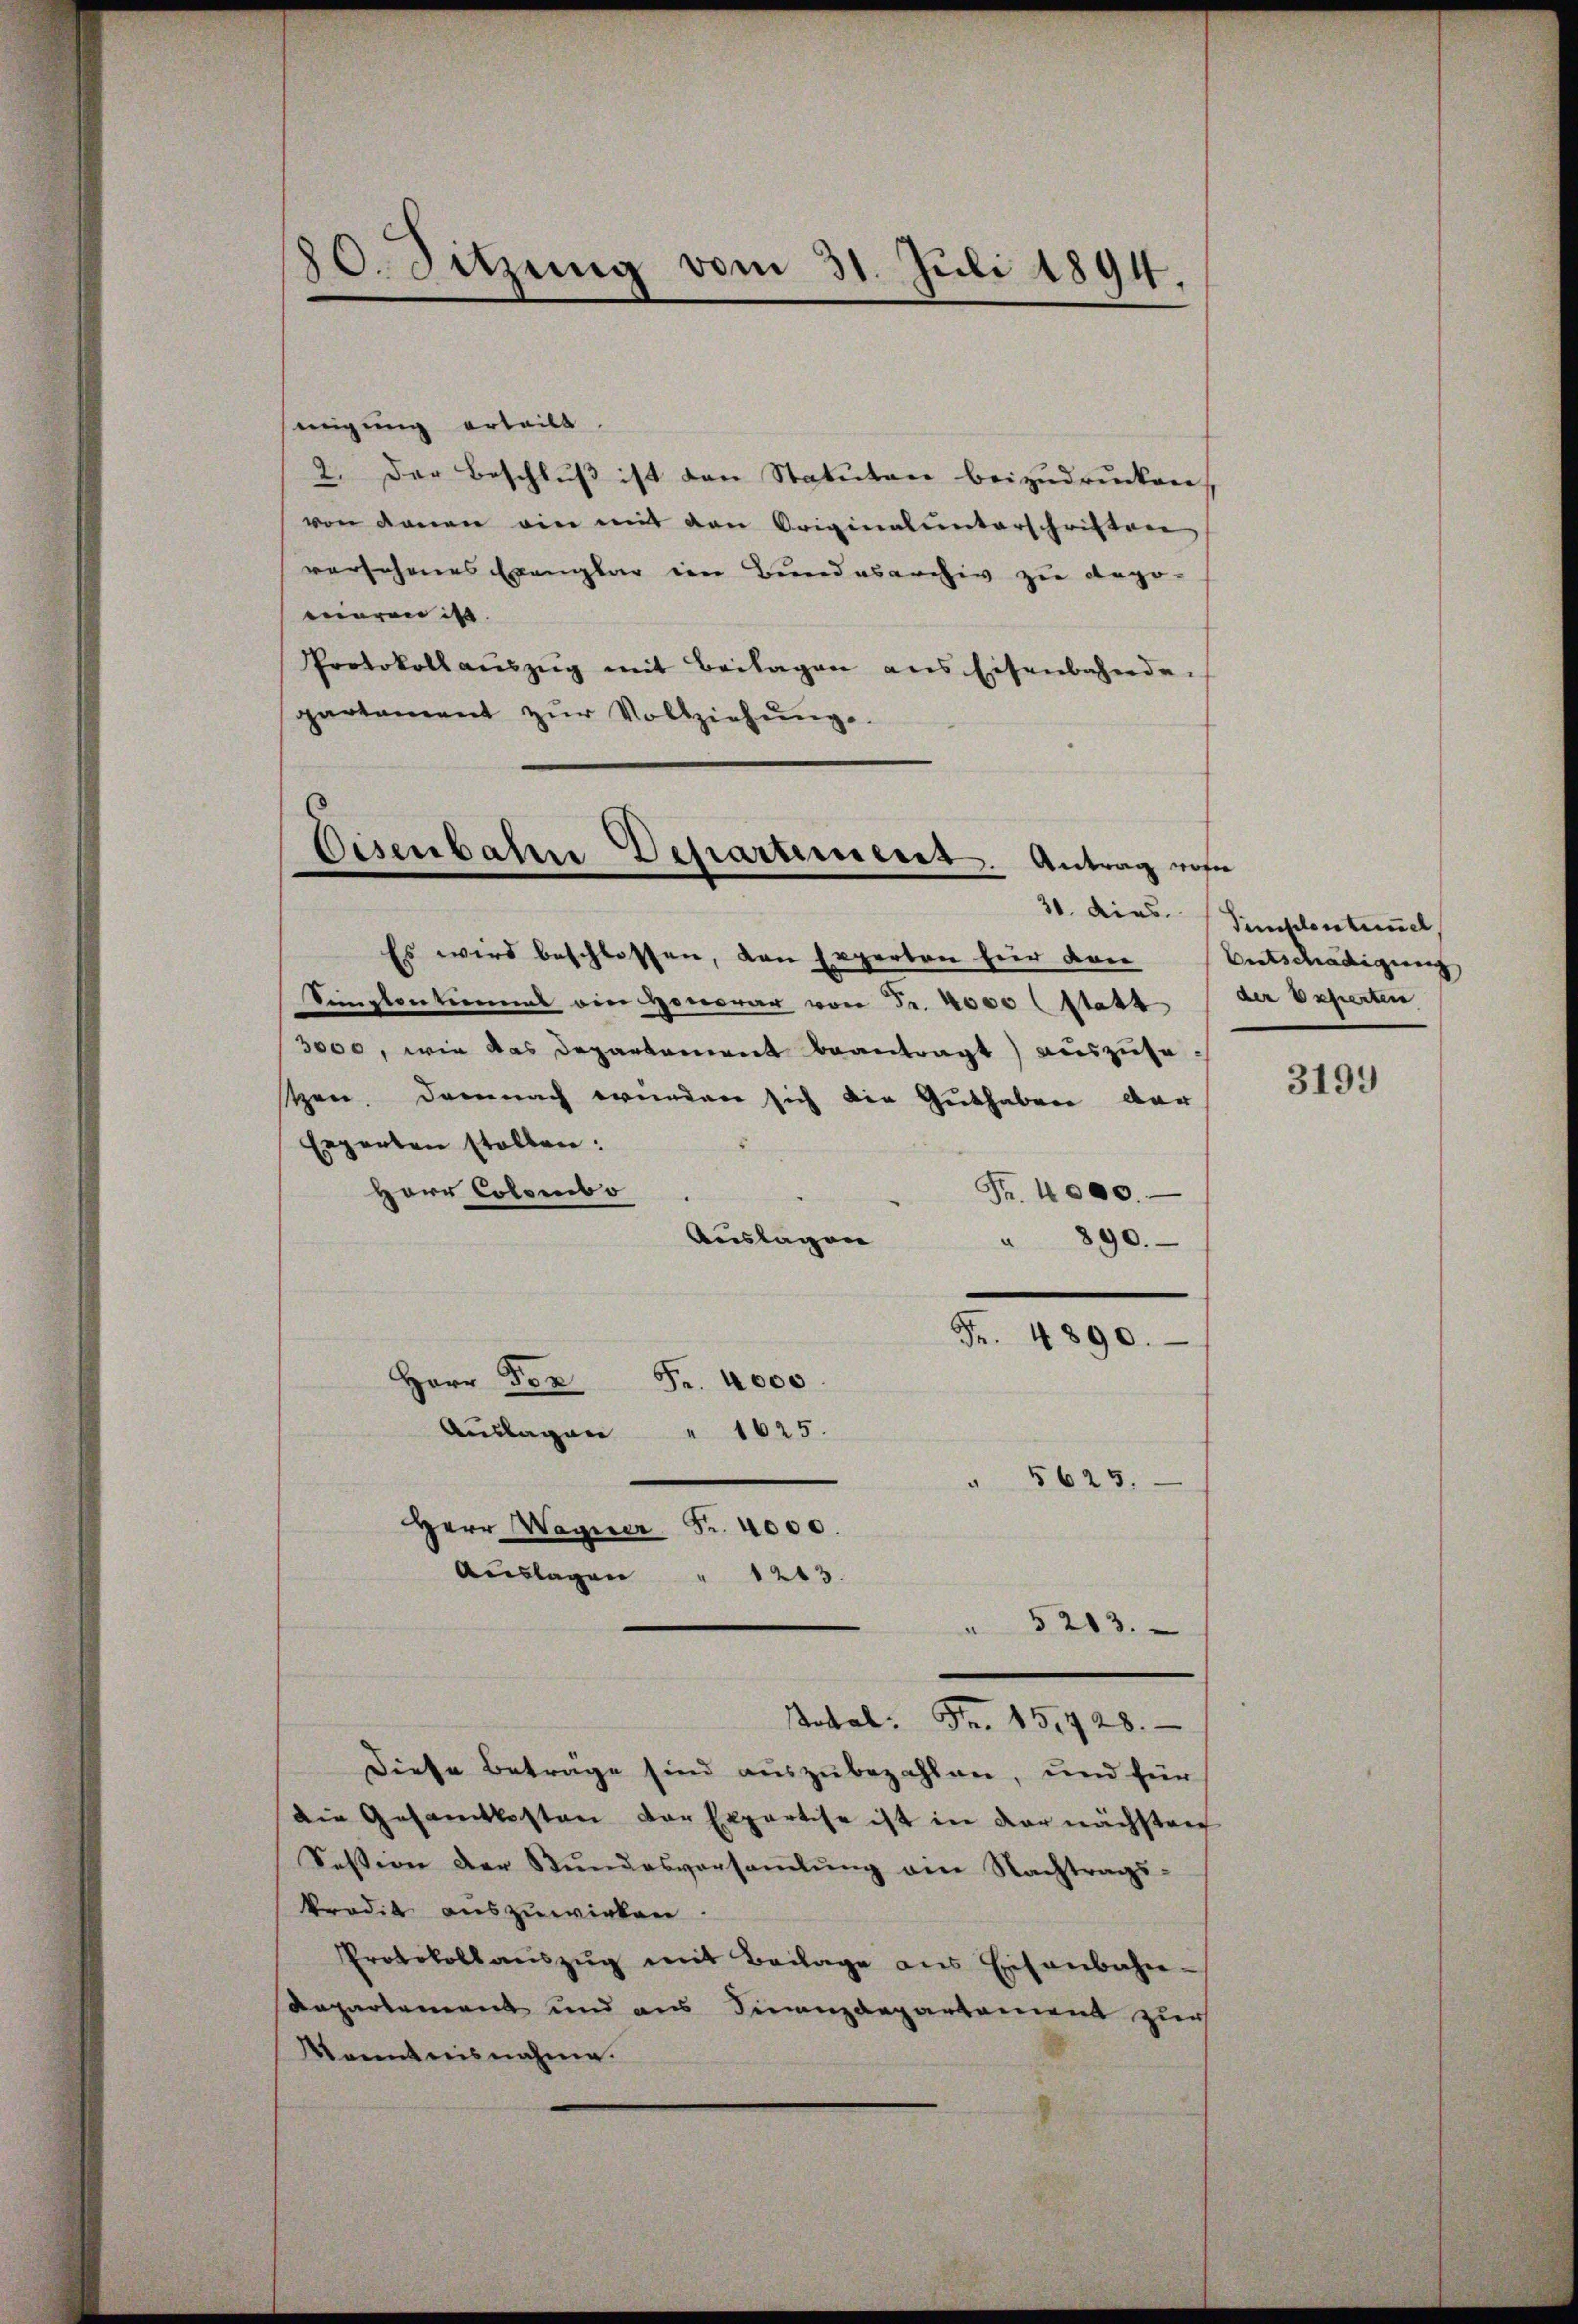
80. Sitzung vom 31. Juli 1894
¬
.

migung erteilt
2. Der Beschluß ist den Statuten beizudrucken,
von danen ein mit den Originalunterschriften
versehenes Exemplar im Bundesarchiv zu depo-
waren ist. |
Protokoll aŭszŭg mit Beilagen ans Eisenbahnde.
partement zŭr Vollziehŭng.
Es wird beschlossen, den Experten für den
Simplontinas ein Honorar von Fr. 4000 (statt
3000, wie das Departement beantragt) auszuse
ten. Demnach wurden sich die Guthaben der
Experten stollen:
Herr Colombo
Fr. 4000.
Auslagen
" 890.
Fr. 4890.
Herr Dor
Fr. 4000
" 1625.
Auslagen
" 5625.
Herr Wagner
Fr. 4000.
Auslagen
" 1213.
 § 203.
Motal. Fr. 151428.
Diese Betrage sind auszubezahlen, und für
die Gesamtkosten der Expertise ist in der nächsten
Session der Stŭndesversaṁlŭng ein Nachtrags-
Prodik auszuwirken.
Protokollaŭszŭg mit Beilage ans Eisenbahn-
Repartement und aus Finanzdepartement zur
Konntnisnahme.

Eisenbahn Departement. Antrag vom
31. dies

Timsonstimmel
Bertschendigerung |
der befierten
3199